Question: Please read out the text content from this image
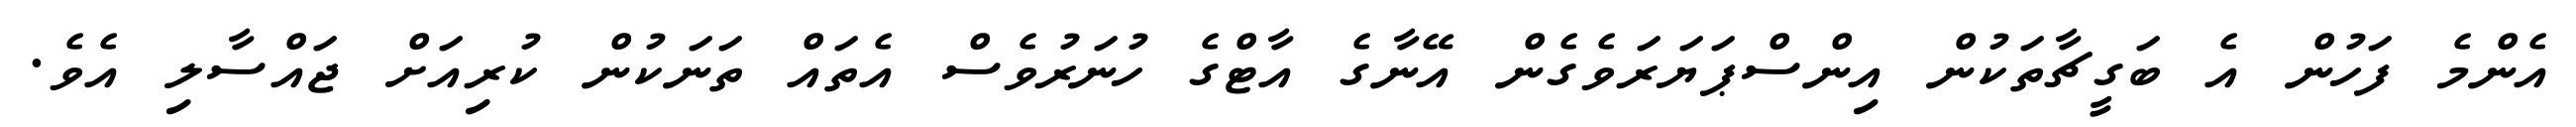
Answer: އެންމެ ފަހުން އެ ބަގީޗާތަކުން އިންސްޕަޔަރަވެގެން އޭނާގެ އާޓްގެ ހުނަރުވެސް އެތައް ތަނަކުން ކުރިއަށް ޖައްސާލި އެވެ.